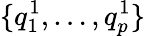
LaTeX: \{ q_{1}^{1},\ldots,q_{p}^{1}\}